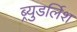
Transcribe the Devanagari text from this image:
ब्र्युडर्लिश